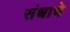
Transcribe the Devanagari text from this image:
संधाचे